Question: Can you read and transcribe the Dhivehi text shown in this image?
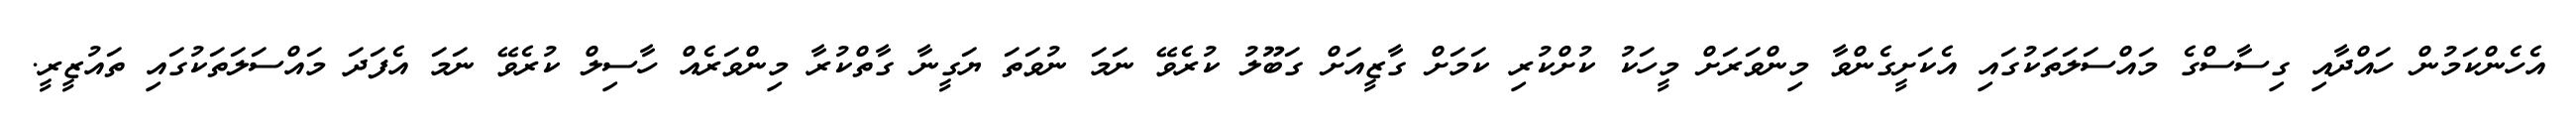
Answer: އެހެންކަމުން ހައްދާއި ގިސާސްގެ މައްސަލަތަކުގައި އެކަށީގެންވާ މިންވަރަށް މީހަކު ކުށްކުރި ކަމަށް ގާޒީއަށް ގަބޫލު ކުރެވޭ ނަމަ ނުވަތަ ޔަގީނާ ގާތްކުރާ މިންވަރެއް ހާސިލް ކުރެވޭ ނަމަ އެފަދަ މައްސަލަތަކުގައި ތައުޒީރީ.